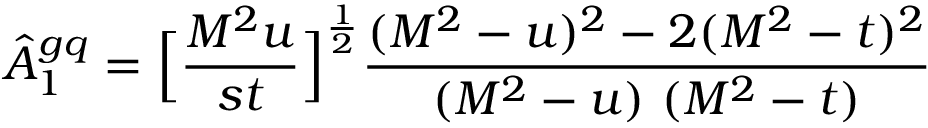
\hat { A } _ { 1 } ^ { g q } = \Bigl [ { \frac { M ^ { 2 } u } { s t } } \Bigr ] ^ { \frac { 1 } { 2 } } { \frac { ( M ^ { 2 } - u ) ^ { 2 } - 2 ( M ^ { 2 } - t ) ^ { 2 } } { ( M ^ { 2 } - u ) \ ( M ^ { 2 } - t ) } }